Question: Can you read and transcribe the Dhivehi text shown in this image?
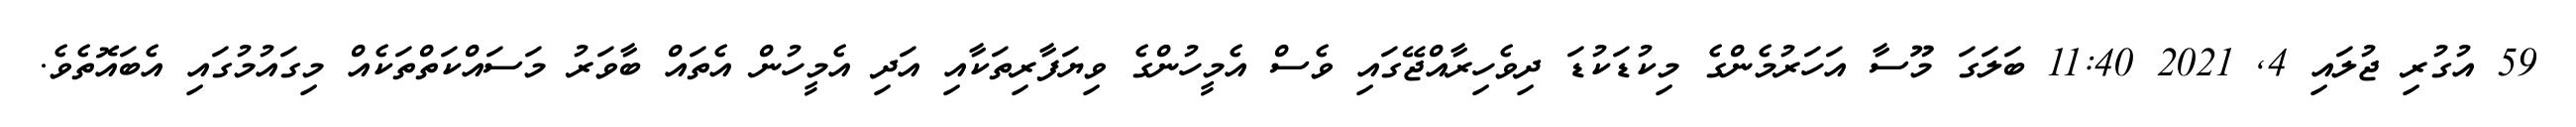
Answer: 59 އުގުރި ޖުލައި 4, 2021 11:40 ބަލަގަ މޫސާ އަހަރުމެންގެ މިކުޑަކުޑަ ދިވެހިރާއްޖޭގައި ވެސް އެމީހުންގެ ވިޔަފާރިތަކާއި އަދި އެމީހުން އެތައް ބާވަރު މަސައްކަތްތަކެއް މިގައުމުގައި އެބައޮތެވެ.